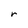
Character: r